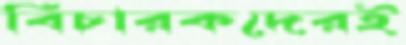
বিচারকদেরই